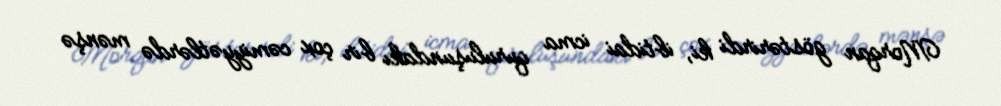
Morqan göstərirdi ki, ibtidai icma quruluşundakı bir çox cəmiyyətlərdə mənşə